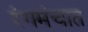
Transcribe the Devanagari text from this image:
रंगमंचात